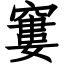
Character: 窶